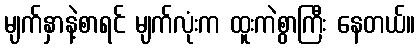
မျက်နှာနဲ့စာရင် မျက်လုံးက ထူးကဲစွာကြီး နေတယ်။